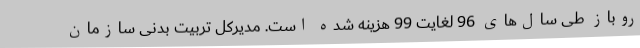
روباز طی سال‌های 96 لغایت 99 هزینه شده است. مدیرکل تربیت بدنی سازمان